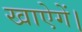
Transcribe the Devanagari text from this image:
खाऐगें।